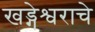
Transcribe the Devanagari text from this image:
खड्गेश्वराचे